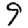
Digit: 9